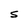
Character: S